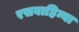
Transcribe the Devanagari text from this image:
रसवाहिन्या